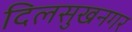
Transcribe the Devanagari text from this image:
दिलसुखनगर